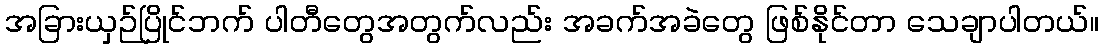
အခြားယှဉ်ပြိုင်ဘက် ပါတီတွေအတွက်လည်း အခက်အခဲတွေ ဖြစ်နိုင်တာ သေချာပါတယ်။